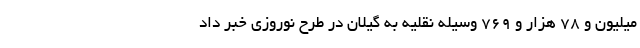
میلیون و ۷۸ هزار و ۷۶۹ وسیله نقلیه به گیلان در طرح نوروزی خبر داد